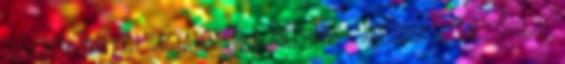
elégedettségre kell hagyatkozni. Szmritinek számít sok olyan szöveg is,